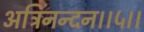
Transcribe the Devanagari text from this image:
अत्रिनन्‍दन।।५।।